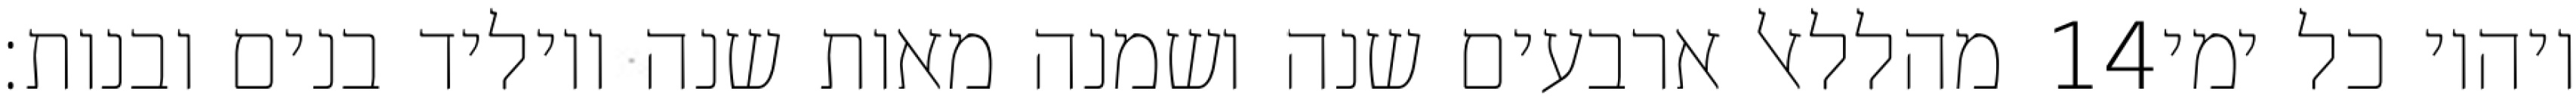
מהללאל ארבעים שנה ושמנה מאות שנה ויוליד בנים ובנות׃ ‎14‏ ויהיו כל ימי